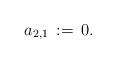
LaTeX: \begin{align*}a_{2,1}\,:=\,0.\end{align*}